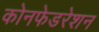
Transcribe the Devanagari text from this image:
कोनफेडरेशन